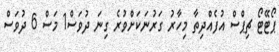
ޕޯޓޭޓޯ ޗިޕްސް އުފެއްދިތާ މިހާރު ގަރުނަކަށްވުރެ ގިނަ ދުވަސް1 މަސް 6 ދުވަސް